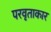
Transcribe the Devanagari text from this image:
परवृताकार